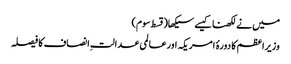
میں نے لکھنا کیسے سیکھا(قسط سوم)
وزیراعظم کا دورۂ امریکہ اورعالمی عدالتِ انصاف کا فیصلہ